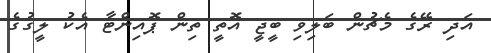
އަދި ރޭގެ މެޗުން ބަލިވި ބީޖީ އޮތީ ތިން ޕޮއިންޓާ އެކު ލީގުގެ